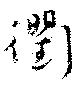
衢